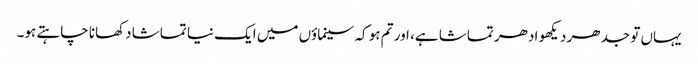
یہاں تو جدھر دیکھو ادھر تماشا ہے، اور تم ہو کہ سینماؤں میں ایک نیا تماشا دکھانا چاہتے ہو۔